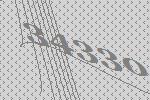
34330